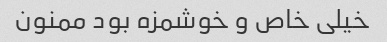
خیلی خاص و خوشمزه بود ممنون